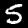
Label: 5